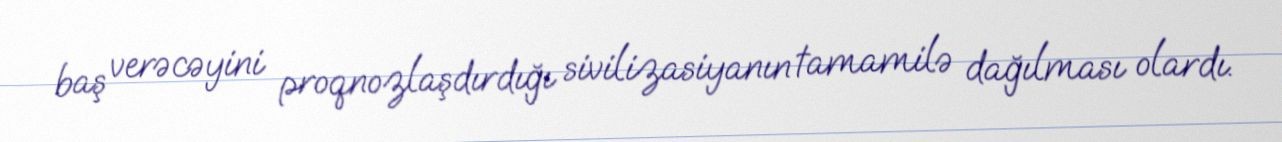
baş verəcəyini proqnozlaşdırdığı sivilizasiyanın tamamilə dağılması olardı.